画像に写った文字を読んでください
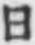
「日」と書いてあります